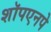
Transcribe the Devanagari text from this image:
शॉपएनपे